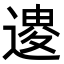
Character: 𨕟